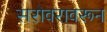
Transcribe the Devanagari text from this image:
सरोवरावरून